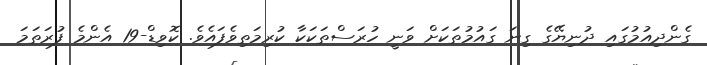
ގެންދިއުމުގައި ދުނިޔޭގެ ގިނަ ގައުމުތަކަށް ވަނީ ހުރަސްތަކަކާ ކުރިމަތިވެފައެވެ. ކޮވިޑް-19 އެންމެ ފުރަތަމަ